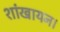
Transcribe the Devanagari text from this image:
शांखायन।